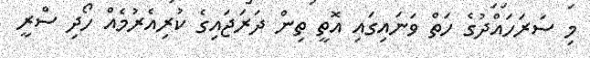
މި ސަރަހައްދުގެ ހަތް ވަނައިގައި އޮތީ ތިން ދަރަޖައިގެ ކުރިއެރުމެއް ހޯދި ސްރީ